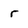
Character: r